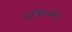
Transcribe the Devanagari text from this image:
शांतिमंत्राने